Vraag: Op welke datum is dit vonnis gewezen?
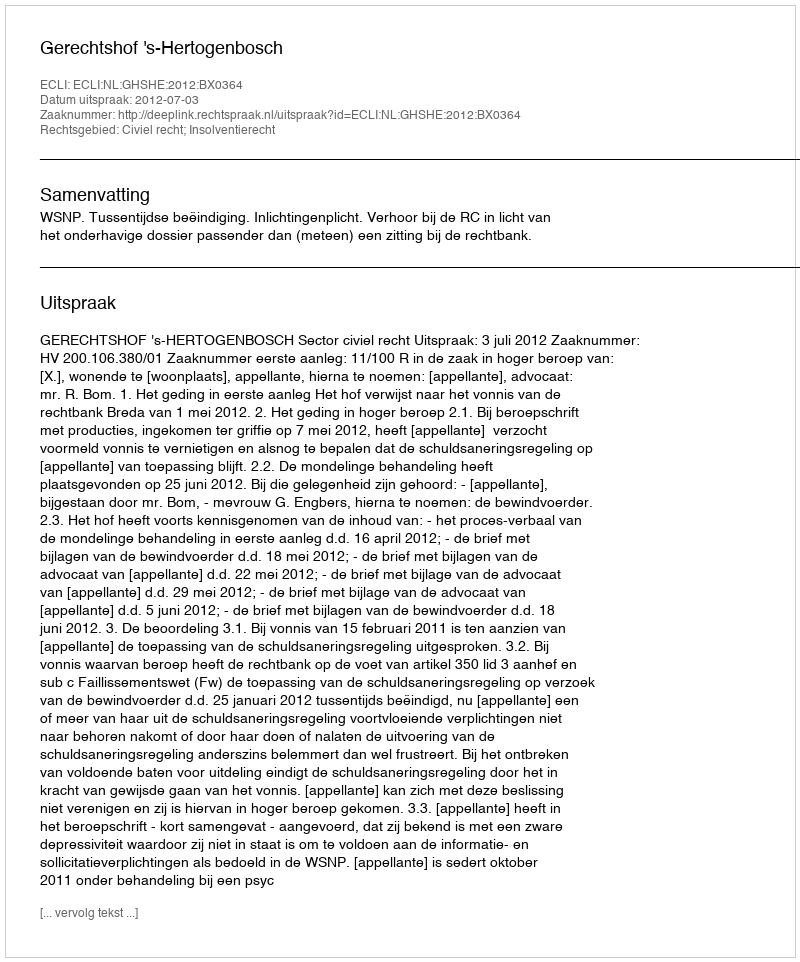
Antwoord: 2012-07-03